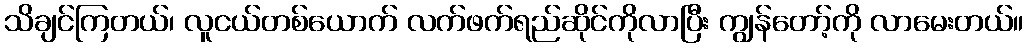
သိချင်ကြတယ်၊ လူငယ်တစ်ယောက် လက်ဖက်ရည်ဆိုင်ကိုလာပြီး ကျွန်တော့်ကို လာမေးတယ်။